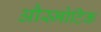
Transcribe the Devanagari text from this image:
औस्मोटिक